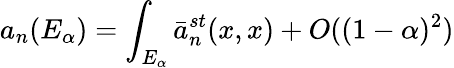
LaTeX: a_{n}(E_{\alpha})=\int_{E_{\alpha}}\bar{a}_{n}^{st}(x,x)+O((1-\alpha)^{2})